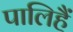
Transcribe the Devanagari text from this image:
पालिहैं